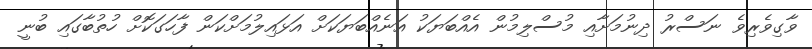
ވާގިވެރިވެ ނަސްރު ދިނުމަށާއި މުސްލިމުން އެއްބަޔަކު އަނެއްބަޔަކަށް އަޅައިލުމަށްކަން ފާހަގަކޮށް ހުތުބާގައި ބުނީ